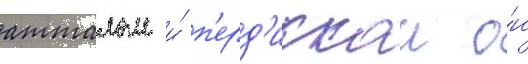
атталом и́ п'ерд'иккои о́н